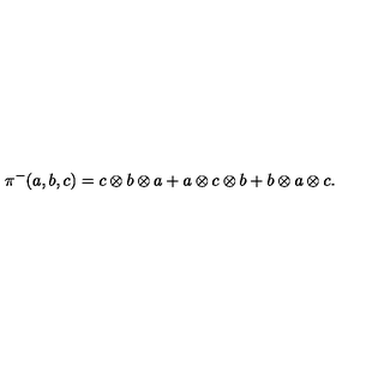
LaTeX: \pi ^ { - } ( a , b , c ) = c \otimes b \otimes a + a \otimes c \otimes b + b \otimes a \otimes c .